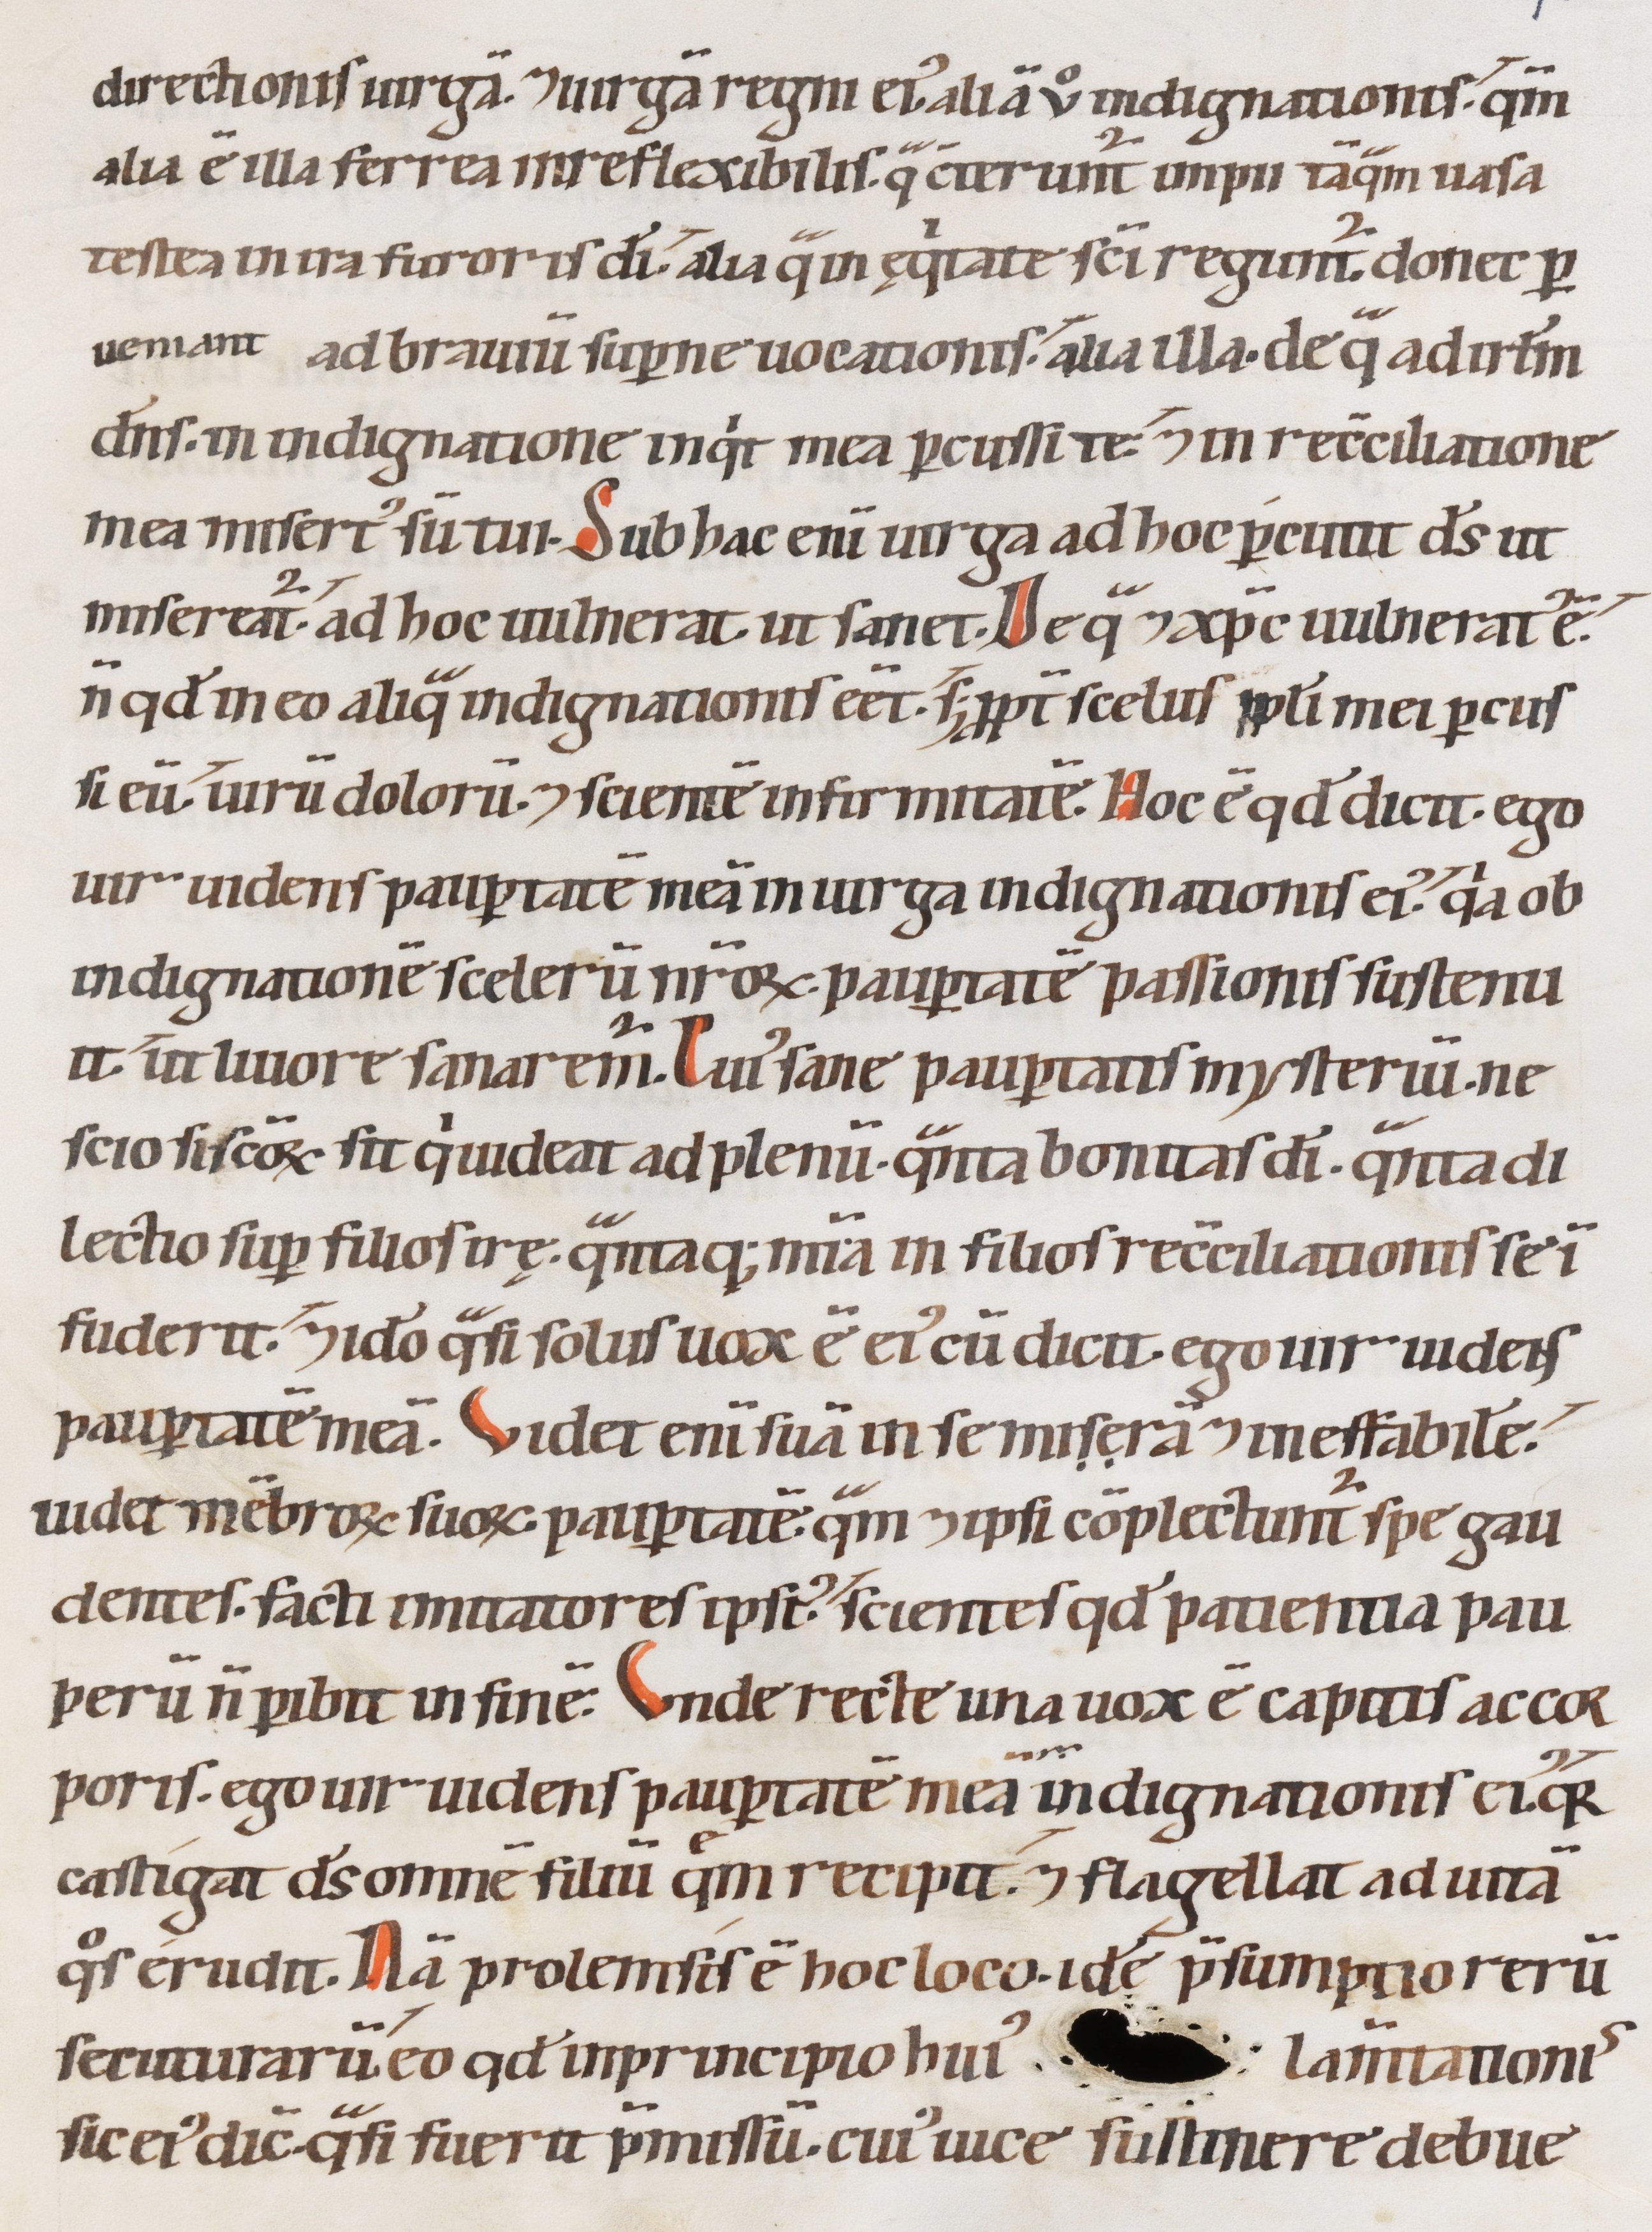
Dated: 1147–1178